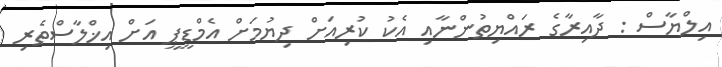
އިލްޔާސް : ދާއިރާގެ ރައްޔިތުންނާއި އެކު ކުރިއަށް ދިޔުމަށް އެމްޑީޕީ އަށް އިޚްލާސްތެރި